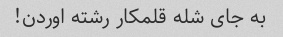
به جای شله قلمکار رشته اوردن!